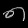
Digit: ၈